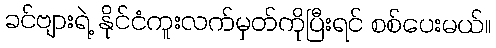
ခင်ဗျားရဲ့ နိုင်ငံကူးလက်မှတ်ကိုပြီးရင် စစ်ပေးမယ်။